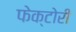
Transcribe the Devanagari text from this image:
फेक्टोरी